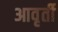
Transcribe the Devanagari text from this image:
आवृर्ती